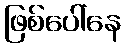
ဖြစ်ပေါ်နေ